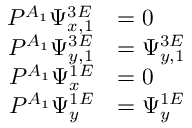
\begin{array} { r } { \begin{array} { r l } { P ^ { A _ { 1 } } \Psi _ { x , 1 } ^ { 3 E } } & { = 0 } \\ { P ^ { A _ { 1 } } \Psi _ { y , 1 } ^ { 3 E } } & { = \Psi _ { y , 1 } ^ { 3 E } } \\ { P ^ { A _ { 1 } } \Psi _ { x } ^ { 1 E } } & { = 0 } \\ { P ^ { A _ { 1 } } \Psi _ { y } ^ { 1 E } } & { = \Psi _ { y } ^ { 1 E } } \end{array} } \end{array}